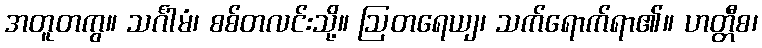
အတူတကွ။ သင်္ဂါမံ၊ စစ်တလင်းသို့။ ဩတရေယျ၊ သက်ရောက်ရာ၏။ ဟတ္တီစ၊